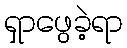
ရှာဖွေခဲ့ရာ